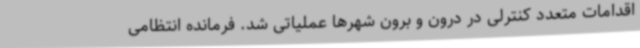
اقدامات متعدد کنترلی در درون و برون شهرها عملیاتی شد. فرمانده انتظامی